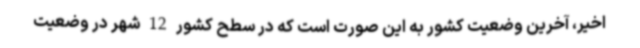
اخیر، آخرین وضعیت کشور به این صورت است که در سطح کشور 12 شهر در وضعیت